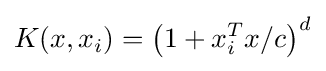
K(x,x_{i})=\left({1+x_{i}^{T}x/c}\right)^{d}